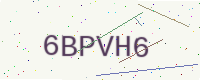
Text: 6BPVH6